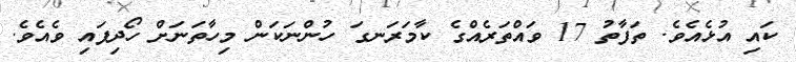
ކައި އުޅެއެވެ. ތަފާތު 17 ވައްތަރެއްގެ ކާމަރަނގަ ހުންނަކަން މިހާތަނަށް ހޯދިފައި ވެއެވެ.